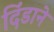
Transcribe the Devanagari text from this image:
दिंडाने